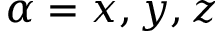
\alpha = x , y , z